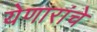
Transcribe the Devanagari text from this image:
येणारांचे